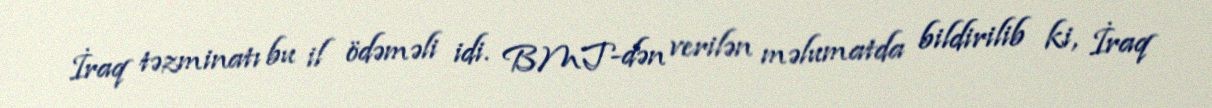
İraq təzminatı bu il ödəməli idi. BMT-dən verilən məlumatda bildirilib ki, İraq